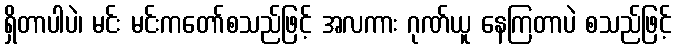
ရှိတာပါပဲ၊ မင်း မင်းကတော်စသည်ဖြင့် အလကား ဂုဏ်ယူ နေကြတာပဲ စသည်ဖြင့်